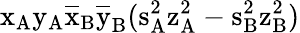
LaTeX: \mathrm{x_{A}\mathrm{y_{A}\mathrm{\overline{{x}}_{B}\mathrm{\overline{{y}}_{B}(\mathrm{s_{A}^{2}\mathrm{z_{A}^{2}-\mathrm{s_{B}^{2}\mathrm{z_{B}^{2})}}}}}}}}